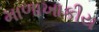
માળાખાકીય